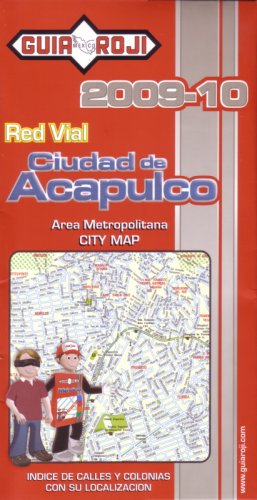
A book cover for Ciudad de Acapulco Map by Guia Roji (Spanish Edition); Guia Roji; Travel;